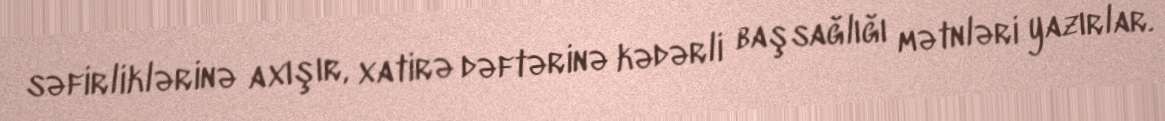
səfirliklərinə axışır, xatirə dəftərinə kədərli başsağlığı mətnləri yazırlar.